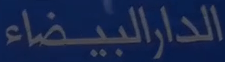
الدارالبيضاء